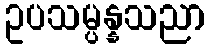
ဥပသမ္ပန္နသညာ